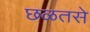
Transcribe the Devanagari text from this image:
छळतसे